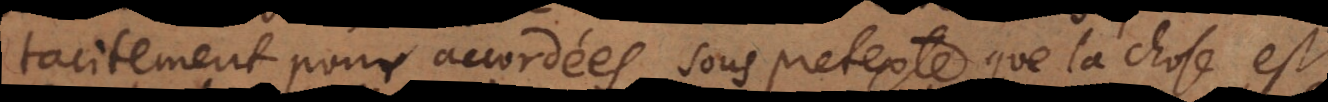
tacitement pour accordées, sous pretexte que la chose est